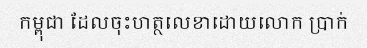
កម្ពុជា ដែលចុះហត្ថលេខាដោយលោក ប្រាក់